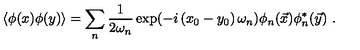
\left\langle \phi ( x ) \phi ( y ) \right\rangle = \sum _ { n } \frac { 1 } { 2 \omega _ { n } } \exp ( - i \left( x _ { 0 } - y _ { 0 } \right) \omega _ { n } ) \phi _ { n } ( \vec { x } ) \phi _ { n } ^ { * } ( \vec { y } ) \ .